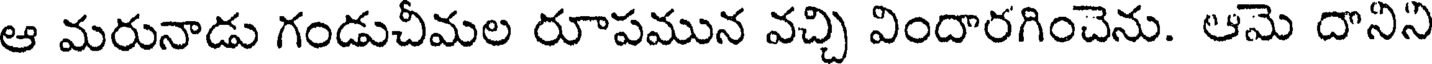
ఆ మరునాడు గండుచీమల రూపమున వచ్చి విందారగించెను. ఆమె దానిని